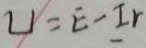
U = E - I r